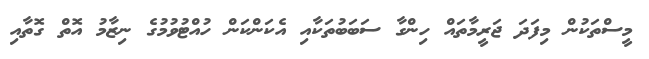
މީސްތަކުން މިފަދަ ޖަރީމާތައް ހިންގާ ސަބަބުތަކާއި އެކަންކަން ހުއްޓުވުމުގެ ނިޒާމު އޮތް ގޮތާއި